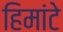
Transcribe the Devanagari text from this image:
हिमांटे